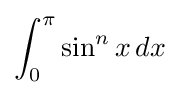
\int _{0}^{\pi }\sin ^{n}x\,dx